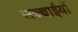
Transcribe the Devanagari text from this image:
उच्चाईयों